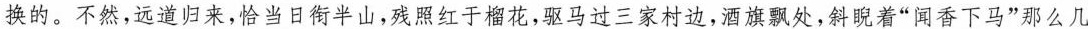
换的。不然,远道归来,恰当日街半山,残照红于榴花,驱马过三家村边,酒旗飘处,斜睨着“闻香下马”那么几